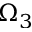
\Omega _ { 3 }